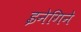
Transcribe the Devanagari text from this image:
इनेगिने